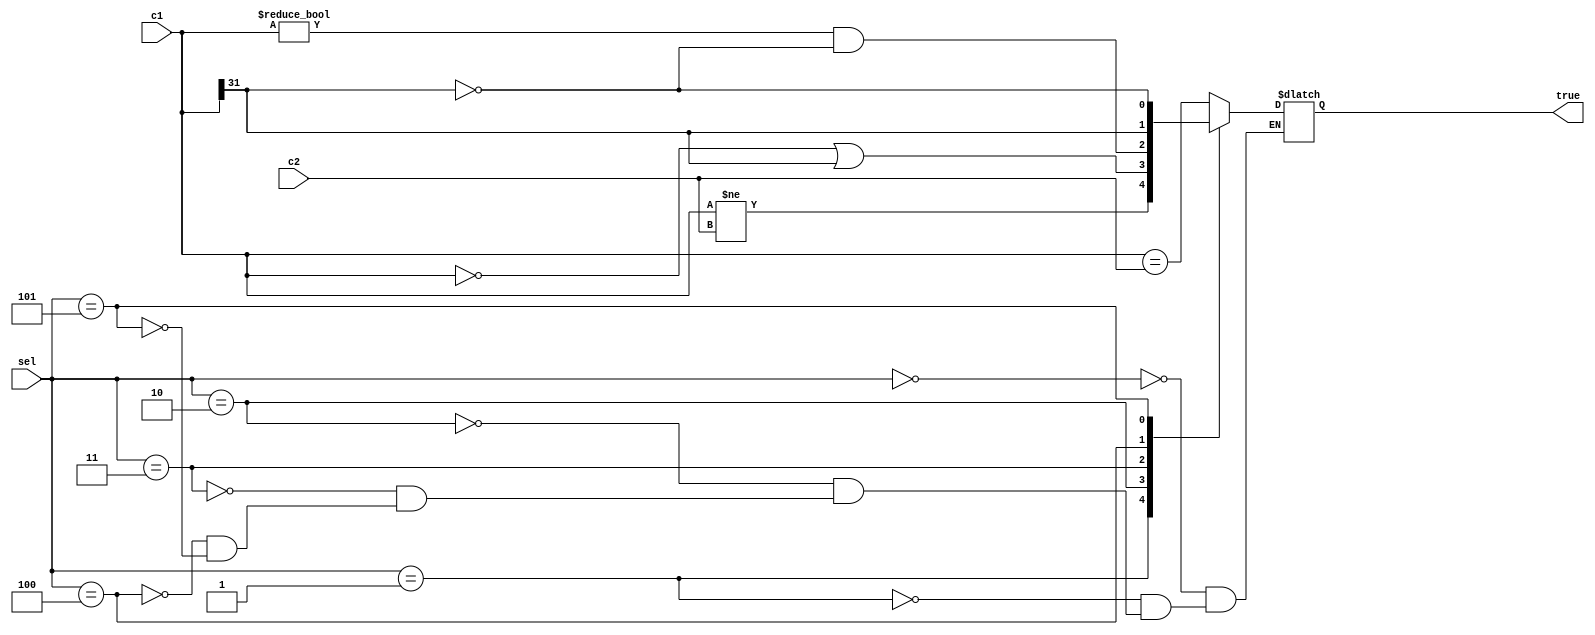
`timescale 1ns / 1ns
module compare(
input [31:0]c1,
input [31:0]c2,
input [2:0]sel,
output reg true
);
    always @(*) begin
	     case(sel)
		      0:true=c1==c2;
				1:true=c1!=c2;
				2:true=c1==0||c1[31];
				3:true=c1!=0&&~c1[31];
				4:true=c1[31];
				5:true=~c1[31];
		  endcase
	 end
endmodule